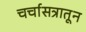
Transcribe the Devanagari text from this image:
चर्चासत्रातून